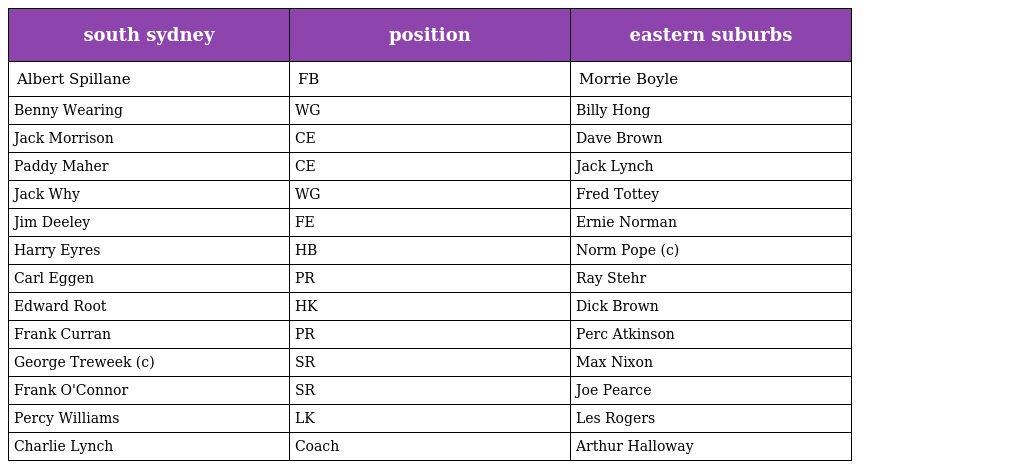
| south sydney | position | eastern suburbs |
 | --- | --- | --- |
 | Albert Spillane | FB | Morrie Boyle |
 | Benny Wearing | WG | Billy Hong |
 | Jack Morrison | CE | Dave Brown |
 | Paddy Maher | CE | Jack Lynch |
 | Jack Why | WG | Fred Tottey |
 | Jim Deeley | FE | Ernie Norman |
 | Harry Eyres | HB | Norm Pope (c) |
 | Carl Eggen | PR | Ray Stehr |
 | Edward Root | HK | Dick Brown |
 | Frank Curran | PR | Perc Atkinson |
 | George Treweek (c) | SR | Max Nixon |
 | Frank O'Connor | SR | Joe Pearce |
 | Percy Williams | LK | Les Rogers |
 | Charlie Lynch | Coach | Arthur Halloway |